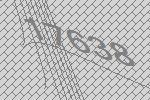
17638